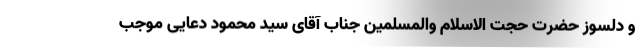
و دلسوز حضرت حجت الاسلام والمسلمین جناب آقای سید محمود دعایی موجب